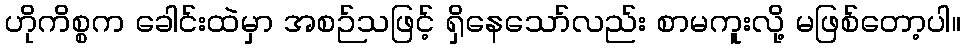
ဟိုကိစ္စက ခေါင်းထဲမှာ အစဉ်သဖြင့် ရှိနေသော်လည်း စာမကူးလို့ မဖြစ်တော့ပါ။